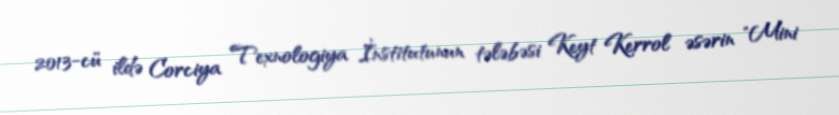
2013-cü ildə Corciya Texnologiya İnstitutunun tələbəsi Keyt Kerrol əsərin "Mini